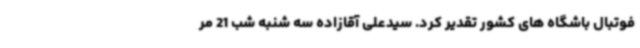
فوتبال باشگاه های کشور تقدیر کرد. سیدعلی آقازاده سه شنبه شب 21 مر